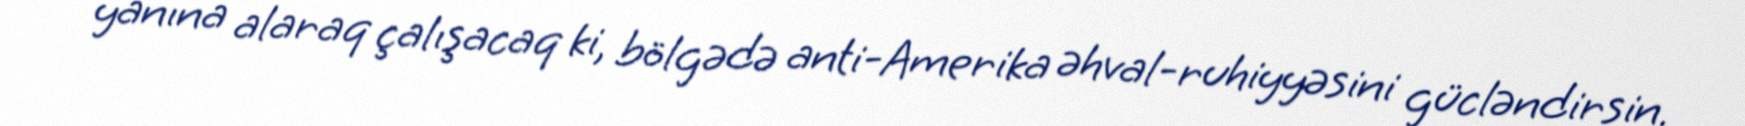
yanına alaraq çalışacaq ki, bölgədə anti-Amerika əhval-ruhiyyəsini gücləndirsin.